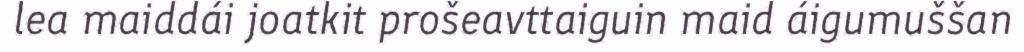
lea maiddái joatkit prošeavttaiguin maid áigumuššan